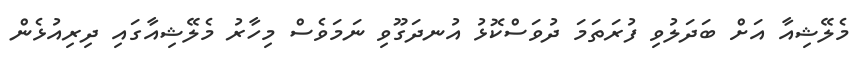
މެލޭޝިއާ އަށް ބަދަލުވި ފުރަތަމަ ދުވަސްކޮޅު އުނދަގޫވި ނަމަވެސް މިހާރު މެލޭޝިއާގައި ދިރިއުޅެން